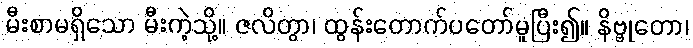
မီးစာမရှိသော မီးကဲ့သို့။ ဇလိတွာ၊ ထွန်းတောက်ပတော်မူပြီး၍။ နိဗ္ဗုတော၊